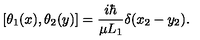
[ \theta _ { 1 } ( x ) , \theta _ { 2 } ( y ) ] = { \frac { i \hbar } { \mu L _ { 1 } } } \delta ( x _ { 2 } - y _ { 2 } ) .